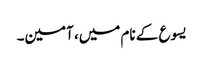
یسوع کے نام میں، آمین۔